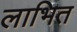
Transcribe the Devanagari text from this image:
लाभित